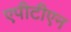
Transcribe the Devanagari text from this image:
एपीटीएन